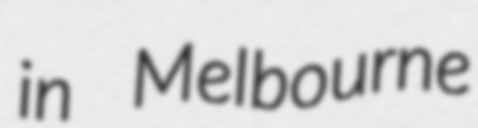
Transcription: in Melbourne